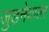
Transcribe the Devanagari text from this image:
जुड़नेवाला